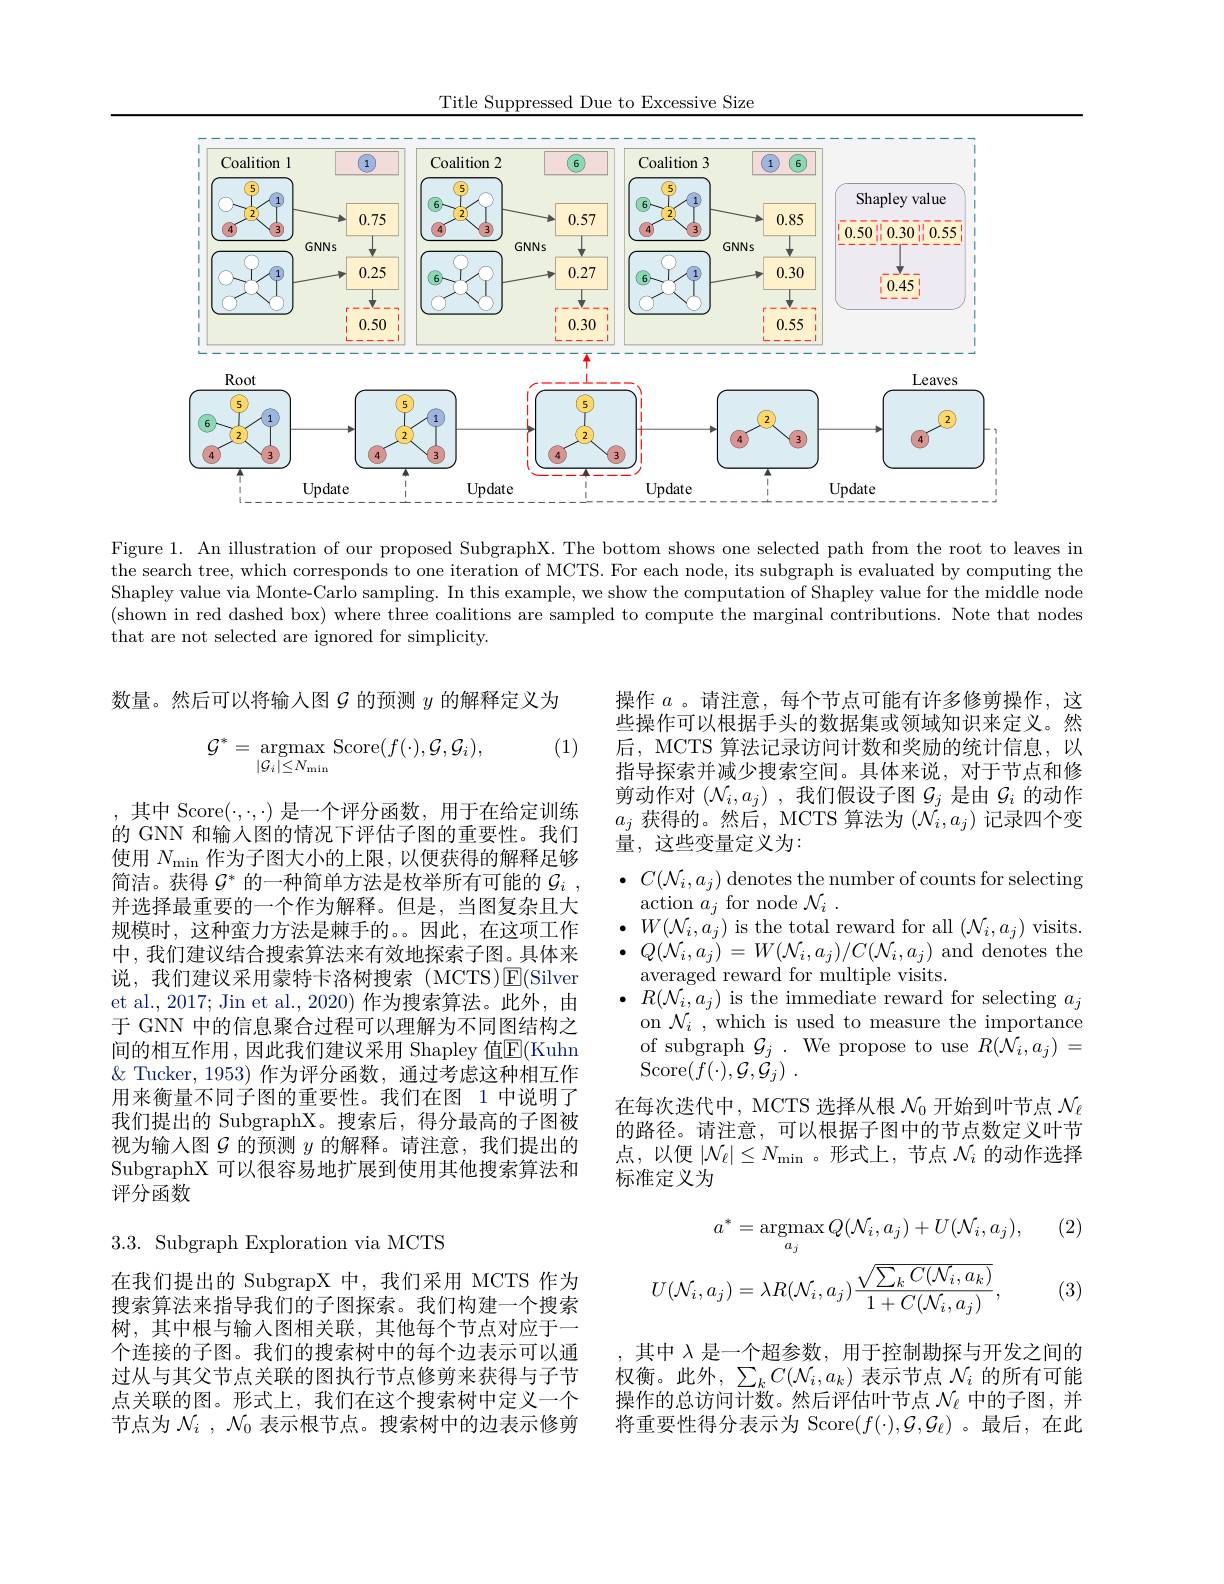
Title Suppressed Due to Excessive Size

<FigureHere>

Figure 1. An illustration of our proposed SubgraphX. The bottom shows one selected path from the root to leaves in the search tree, which corresponds to one iteration of MCTS. For each node, its subgraph is evaluated by computing the Shapley value via Monte-Carlo sampling. In this example, we show the computation of Shapley value for the middle node (shown in red dashed box) where three coalitions are sampled to compute the marginal contributions. Note that nodes $\texttt{that are not selected are ignored for simplicity. }$

数量。然后可以将输入图$\mathcal{G}$的预测$y$的解释定义为

(1)
$$\mathcal{G}^{*}=\underset{|\mathcal{G}_{i}|\leq N_{\mathrm{min}}}{\mathrm{argmax}}\mathrm{Score}(f(\cdot),\mathcal{G},\mathcal{G}_{i}),$$
操作$a$ 。请注意，每个节点可能有许多修剪操作，这些操作可以根据手头的数据集或领域知识来定义。然后，MCTS 算法记录访问计数和奖励的统计信息，以指导探索并减少搜索空间。具体来说，对于节点和修剪动作对$(\mathcal{N}_i,a_j)$ ,我们假设子图$\mathcal{G}_j$是由$\mathcal{G}_i$的动作$a_j$获得的。然后，MCTS 算法为$(\mathcal{N}_i,a_j)$记录四个变量，这些变量定义为：

,其中 Score$(\cdot,\cdot,\cdot)$ 是一个评分函数，用于在给定训练的 GNN 和输入图的情况下评估子图的重要性。我们使用$N_\mathrm{min}$作为子图大小的上限，以便获得的解释足够简洁。获得$\mathcal{G}^*$的一种简单方法是枚举所有可能的$\mathcal{G}_i$, 并选择最重要的一个作为解释。但是，当图复杂且大规模时，这种蛮力方法是棘手的。因此，在这项工作中，我们建议结合搜索算法来有效地探索子图。具体来说，我们建议采用蒙特卡洛树搜索(MCTS)E(Silver et al., 2017; Jin et al., 2020) 作为搜索算法。此外，由于 GNN 中的信息聚合过程可以理解为不同图结构之间的相互作用 ,因此我们建议采用 Shapley 值$\overline{\mathrm{E}}($Kuhn $\&$ Tucker, 1953) 作为评分函数，通过考虑这种相互作用来衡量不同子图的重要性。我们在图 1 中说明了我们提出的 SubgraphX。搜索后，得分最高的子图被视为输人图$\mathcal{G}$的预测$y$的解释。请注意，我们提出的SubgraphX 可以很容易地扩展到使用其他搜索算法和评分函数

$\bullet$ $C( \mathcal{N} _i, a_j)$ denotes the number of counts for selecting
$\operatorname { \mathrm{action~}} a_{j}\operatorname { \mathrm{for~node~}} \mathcal{N} _{i}$ .
$\bullet W(\mathcal{N}_{i},a_{j})$ is the total reward for all $(\mathcal{N}_{i},a_{j})$ visits. $\bullet$ $Q( {\mathcal{N} }_{i}, a_{j}) = W( {\mathcal{N} }_{i}, a_{j}) / C( {\mathcal{N} }_{i}, a_{j})$ and denotes the averaged reward for multiple visits.
$\bullet$ $R( {\mathcal{N} }_{i}, a_{j})$ is the immediate reward for selecting $a_j$
on $\mathcal{N}_i$ , which is used to measure the importance of subgraph $\mathcal{G}_j.$ We propose to use $R(\mathcal{N}_i,a_j)=$ Score$(f(\cdot),\mathcal{G},\ddot{\mathcal{G}}_j)$
在每次迭代中，MCTS 选择从根$\mathcal{N}_0$开始到叶节点$\mathcal{N}_\ell$ 的路径。请注意，可以根据子图中的节点数定义叶节点，以便$\left|\mathcal{N}_\ell\right|\leq N_{\mathrm{min}}$。形式上，节点 $\mathcal{N}_i$ 的动作选择标准定义为

(2)

3.3. Subgraph Exploration via MCTS
$$a^{*}=\operatorname{argmax}_{a_{j}}Q(\mathcal{N}_{i},a_{j})+U(\mathcal{N}_{i},a_{j}),\\U(\mathcal{N}_{i},a_{j})=\lambda R(\mathcal{N}_{i},a_{j})\frac{\sqrt{\sum_{k}C(\mathcal{N}_{i},a_{k})}}{1+C(\mathcal{N}_{i},a_{j})},$$
(3)

在我们提出的 SubgrapX 中，我们采用 MCTS 作为搜索算法来指导我们的子图探索。我们构建一个搜索树，其中根与输入图相关联，其他每个节点对应于一个连接的子图。我们的搜索树中的每个边表示可以通过从与其父节点关联的图执行节点修剪来获得与子节点关联的图。形式上，我们在这个搜索树中定义一个节点为$\mathcal{N} _i$ $, \mathcal{N} _0$表示根节点。搜索树中的边表示修剪

其中$\lambda$是一个超参数，用于控制勘探与开发之间的权衡。此外，$\sum_kC(\mathcal{N}_i,a_k)$表示节点$\mathcal{N}_i$的所有可能操作的总访问计数。然后评估叶节点$\mathcal{N}_\ell$中的子图，并将重要性得分表示为 Score$(f(\cdot),\mathcal{G},\mathcal{G}_\ell)$ 。最后，在此